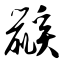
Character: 鼷